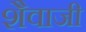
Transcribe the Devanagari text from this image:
शैवाजी